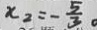
x _ { 2 } = - \frac { 5 } { 3 } 。